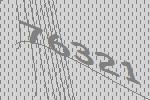
76321